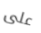
على